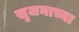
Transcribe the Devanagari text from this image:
सृजनाच्या